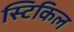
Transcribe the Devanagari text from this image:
स्टिकिल